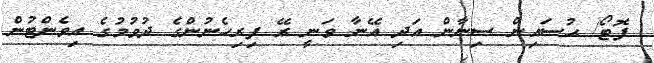
ފޮޓޯ/ ޙުސައިން ސިނާން އަދި އޭނާ ވަނީ ރޭ ފިރިހެނުންގެ ދުވުމުގެ އިވެންޓުން